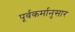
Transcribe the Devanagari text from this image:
पूर्वकर्मानुसार